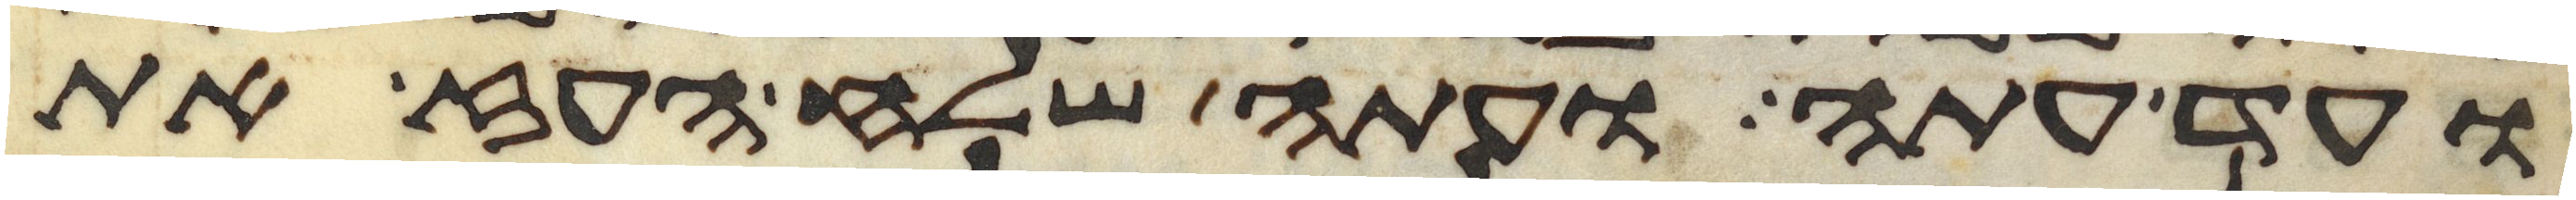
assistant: ועד עתה ועתה שלח העז את